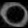
Digit: ၀